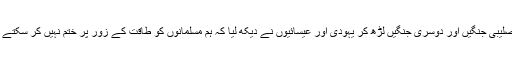
صلیبی جنگیں اور دوسری جنگیں لڑھ کر یہودی اور عیسائیوں نے دیکھ لیا کہ ہم مسلمانوں کو طاقت کے زور پر ختم نہیں کر سکتے ۔